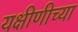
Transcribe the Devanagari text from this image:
यक्षीणीच्या